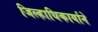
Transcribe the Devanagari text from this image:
जिल्हाधिकार्याने